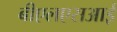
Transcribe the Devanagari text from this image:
बीएलएसआई